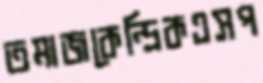
তমাজকেন্দ্রিকএসপ